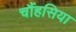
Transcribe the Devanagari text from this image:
चौंहसिया